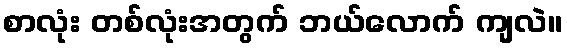
စာလုံး တစ်လုံးအတွက် ဘယ်လောက် ကျလဲ။